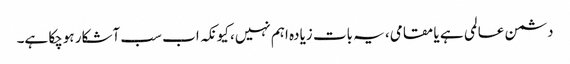
دشمن عالمی ہے یا مقامی، یہ بات زیادہ اہم نہیں، کیونکہ اب سب آشکار ہوچکا ہے۔